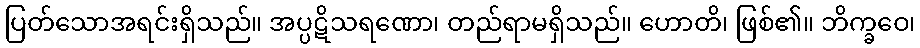
ပြတ်သောအရင်းရှိသည်။ အပ္ပဋိသရဏော၊ တည်ရာမရှိသည်။ ဟောတိ၊ ဖြစ်၏။ ဘိက္ခဝေ၊